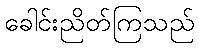
ခေါင်းညိတ်ကြသည်